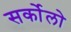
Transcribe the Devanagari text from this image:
सर्कोलो